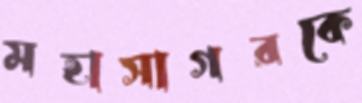
মহাসাগরকে